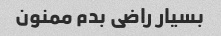
بسیار راضی بدم ممنون